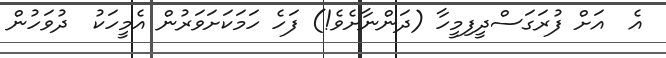
އެ  އަށް ފުރަގަސްދީފިމީހާ (ދަންނާށެވެ!) ފަހެ ހަމަކަށަވަރުން އެމީހަކު  ދުވަހުން